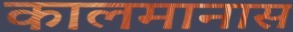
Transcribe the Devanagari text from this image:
कालमानास